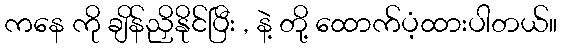
ကနေ ကို ချိန်ညှိနိုင်ပြီး , နဲ့ တို့ ထောက်ပံ့ထားပါတယ်။